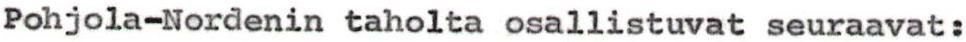
Pohjola-Nordenin taholta osallistuvat seuraavat: